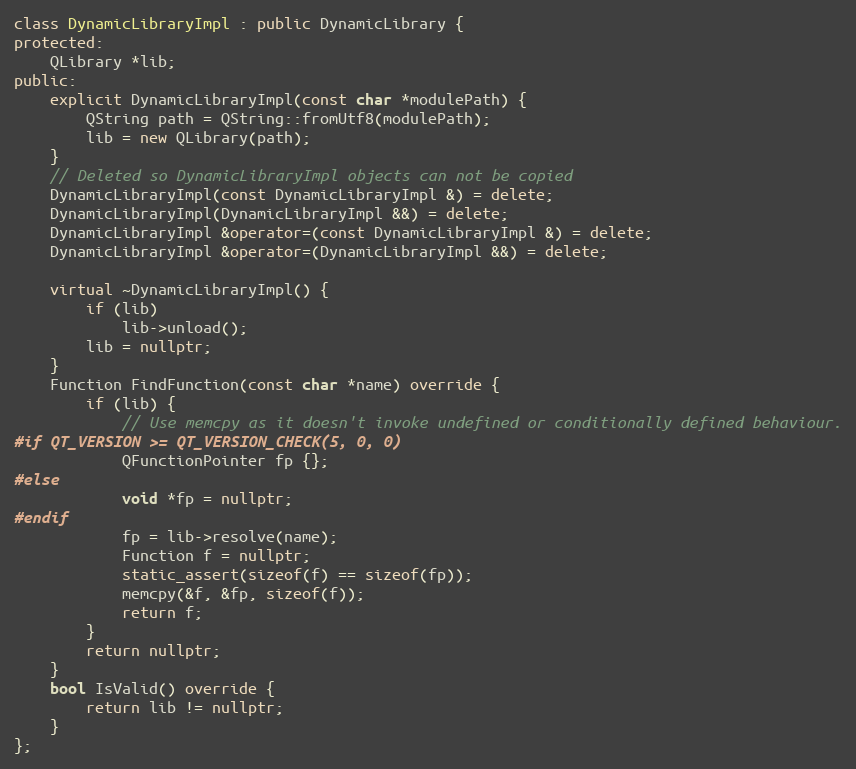
Language: C++
class DynamicLibraryImpl : public DynamicLibrary {
protected:
	QLibrary *lib;
public:
	explicit DynamicLibraryImpl(const char *modulePath) {
		QString path = QString::fromUtf8(modulePath);
		lib = new QLibrary(path);
	}
	// Deleted so DynamicLibraryImpl objects can not be copied
	DynamicLibraryImpl(const DynamicLibraryImpl &) = delete;
	DynamicLibraryImpl(DynamicLibraryImpl &&) = delete;
	DynamicLibraryImpl &operator=(const DynamicLibraryImpl &) = delete;
	DynamicLibraryImpl &operator=(DynamicLibraryImpl &&) = delete;

	virtual ~DynamicLibraryImpl() {
		if (lib)
			lib->unload();
		lib = nullptr;
	}
	Function FindFunction(const char *name) override {
		if (lib) {
			// Use memcpy as it doesn't invoke undefined or conditionally defined behaviour.
#if QT_VERSION >= QT_VERSION_CHECK(5, 0, 0)
			QFunctionPointer fp {};
#else
			void *fp = nullptr;
#endif
			fp = lib->resolve(name);
			Function f = nullptr;
			static_assert(sizeof(f) == sizeof(fp));
			memcpy(&f, &fp, sizeof(f));
			return f;
		}
		return nullptr;
	}
	bool IsValid() override {
		return lib != nullptr;
	}
};